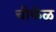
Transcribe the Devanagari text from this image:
चीर्फळ